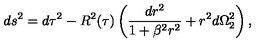
d s ^ { 2 } = d \tau ^ { 2 } - R ^ { 2 } ( \tau ) \left( \frac { d r ^ { 2 } } { 1 + \beta ^ { 2 } r ^ { 2 } } + r ^ { 2 } d \Omega _ { 2 } ^ { 2 } \right) ,